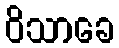
ဝိသာခေ